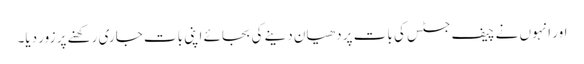
اور انہوں نے چیف جسٹس کی بات پر دھیان دینے کی بجائے اپنی بات جاری رکھنے پر زور دیا۔